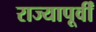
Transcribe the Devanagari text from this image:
राज्यापूर्वीं